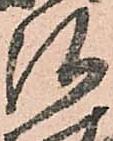
弘